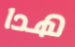
هدا